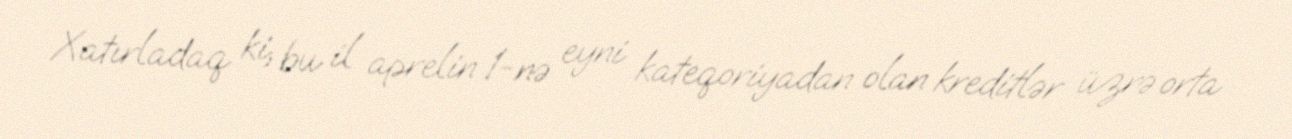
Xatırladaq ki, bu il aprelin 1-nə eyni kateqoriyadan olan kreditlər üzrə orta